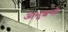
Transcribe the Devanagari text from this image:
आभुशनो